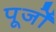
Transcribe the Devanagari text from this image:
पूर्जों